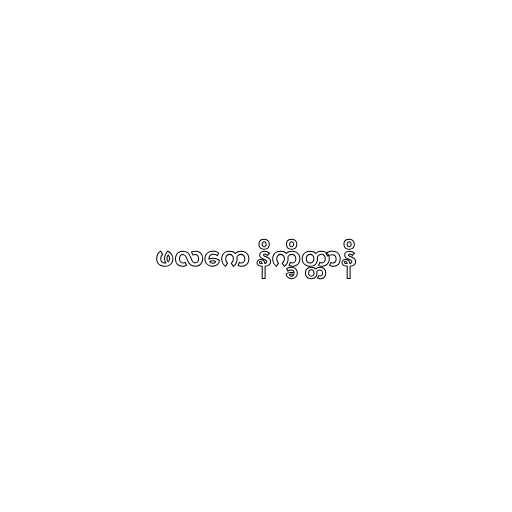
ဖလကေ နိက္ခိတ္တာနိ